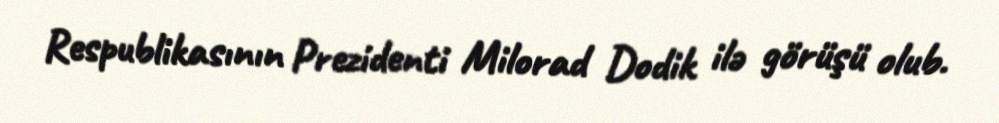
Respublikasının Prezidenti Milorad Dodik ilə görüşü olub.